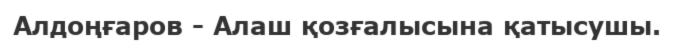
Алдоңғаров - Алаш қозғалысына қатысушы.